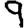
Digit: 9